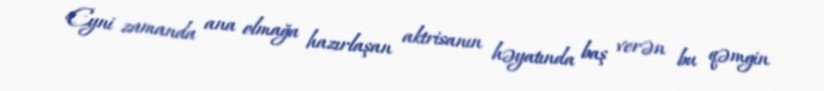
Eyni zamanda ana olmağa hazırlaşan aktrisanın həyatında baş verən bu qəmgin